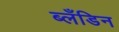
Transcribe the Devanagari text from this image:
ब्लँडिन